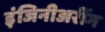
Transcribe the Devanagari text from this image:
इंजिनीअरींग